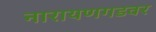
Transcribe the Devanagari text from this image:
नारायणगडवर